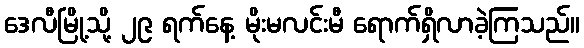
ဒေလီမြို့သို့ ၂၉ ရက်နေ့ မိုးမလင်းမီ ရောက်ရှိလာခဲ့ကြသည်။